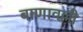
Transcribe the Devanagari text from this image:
बाणावल्ली